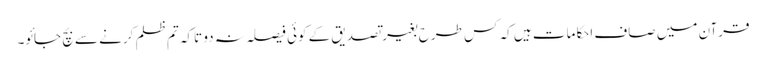
قرآن میں صاف احکامات ہیں کہ کس طرح بغیر تصدیق کے کوئی فیصلہ نہ دو تاکہ تم ظلم کرنے سے بچ جائو۔